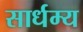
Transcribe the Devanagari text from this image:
सार्धम्य